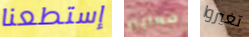
إستطعنا معايير تغيروا